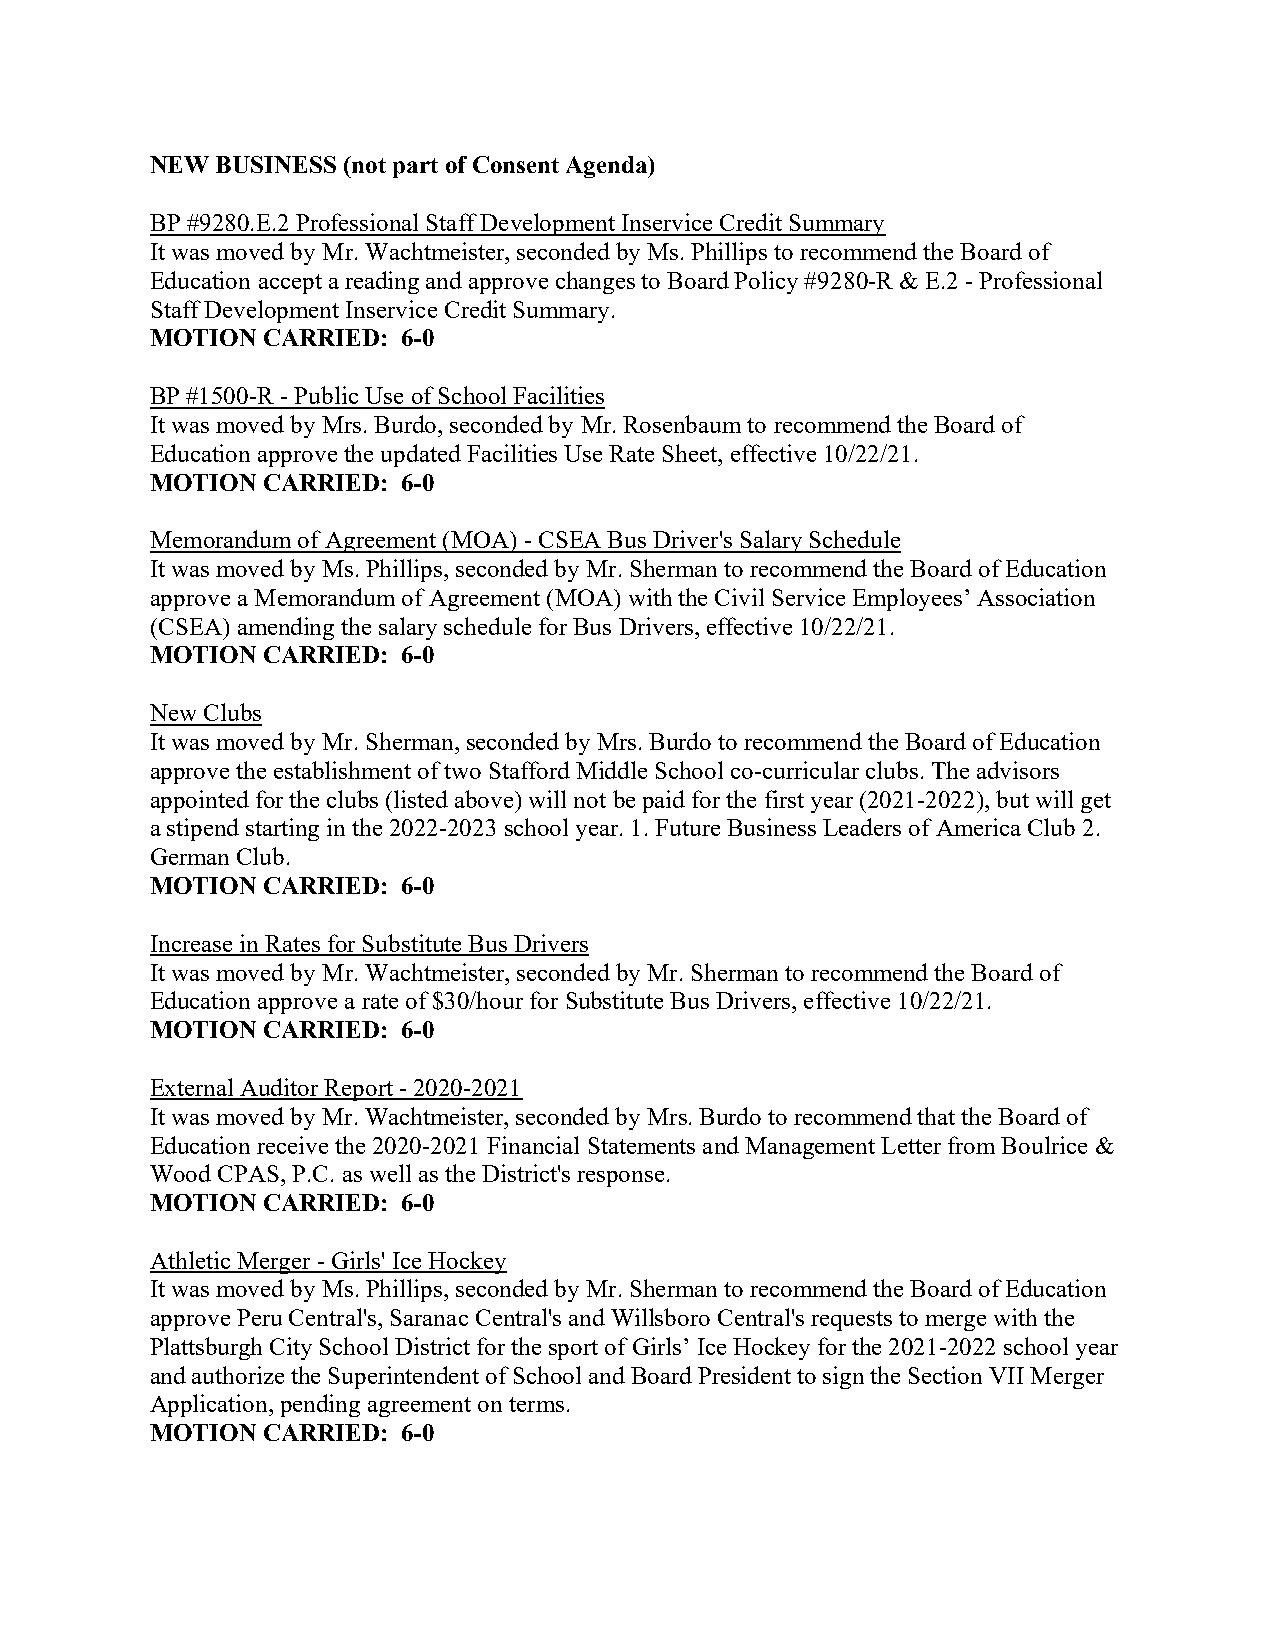
NEW BUSINESS (not part of Consent Agenda)
 BP #9280.E.2 Professional Staff Development Inservice Credit Summary
 It was moved by Mr. Wachtmeister, seconded by Ms. Phillips to recommend the Board of
 Education accept a reading and approve changes to Board Policy #9280-R & E.2 - Professional
 Staff Development Inservice Credit Summary.
 MOTION CARRIED:  6-0
 BP #1500-R - Public Use of School Facilities
 It was moved by Mrs. Burdo, seconded by Mr. Rosenbaum to recommend the Board of
 Education approve the updated Facilities Use Rate Sheet, effective 10/22/21.
 MOTION CARRIED:  6-0
 Memorandum of Agreement (MOA) - CSEA Bus Driver's Salary Schedule
 It was moved by Ms. Phillips, seconded by Mr. Sherman to recommend the Board of Education
 approve a Memorandum of Agreement (MOA) with the Civil Service Employees’ Association
 (CSEA) amending the salary schedule for Bus Drivers, effective 10/22/21.
 MOTION CARRIED:  6-0
 New Clubs
 It was moved by Mr. Sherman, seconded by Mrs. Burdo to recommend the Board of Education
 approve the establishment of two Stafford Middle School co-curricular clubs. The advisors
 appointed for the clubs (listed above) will not be paid for the first year (2021-2022), but will get
 a stipend starting in the 2022-2023 school year. 1. Future Business Leaders of America Club 2.
 German Club.
 MOTION CARRIED:  6-0
 Increase in Rates for Substitute Bus Drivers
 It was moved by Mr. Wachtmeister, seconded by Mr. Sherman to recommend the Board of
 Education approve a rate of $30/hour for Substitute Bus Drivers, effective 10/22/21.
 MOTION CARRIED:  6-0
 External Auditor Report - 2020-2021
 It was moved by Mr. Wachtmeister, seconded by Mrs. Burdo to recommend that the Board of
 Education receive the 2020-2021 Financial Statements and Management Letter from Boulrice &
 Wood CPAS, P.C. as well as the District's response.
 MOTION CARRIED:  6-0
 Athletic Merger - Girls' Ice Hockey
 It was moved by Ms. Phillips, seconded by Mr. Sherman to recommend the Board of Education
 approve Peru Central's, Saranac Central's and Willsboro Central's requests to merge with the
 Plattsburgh City School District for the sport of Girls’ Ice Hockey for the 2021-2022 school year
 and authorize the Superintendent of School and Board President to sign the Section VII Merger
 Application, pending agreement on terms.
 MOTION CARRIED:  6-0